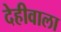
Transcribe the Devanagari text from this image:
देहीवाला